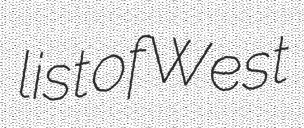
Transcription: list of West